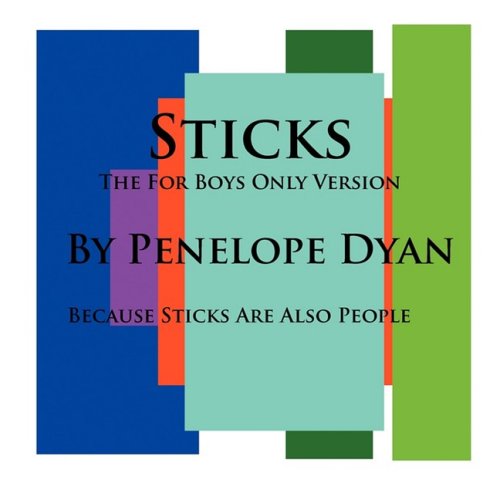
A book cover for Sticks--The For Boys Only Version--Because Sticks Are Also People; Penelope Dyan; Children's Books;